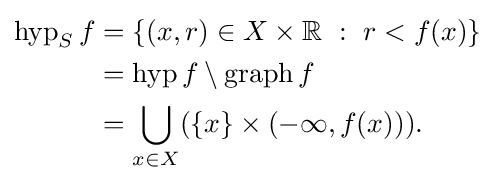
{\begin{alignedat}{4}\operatorname {hyp} _{S}f&=\left\{(x,r)\in X\times \mathbb {R} ~:~r<f(x)\right\}\\&=\operatorname {hyp} f\setminus \operatorname {graph} f\\&=\bigcup _{x\in X}(\{x\}\times (-\infty ,f(x))).\end{alignedat}}